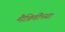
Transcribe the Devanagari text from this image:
मैत्रिणींच्या